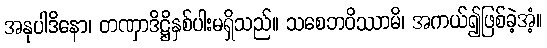
အနုပါဒိနော၊ တဏှာဒိဋ္ဌိနှစ်ပါးမရှိသည်။ သစေဘဝိဿာမိ၊ အကယ်၍ဖြစ်ခဲ့အံ့။